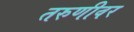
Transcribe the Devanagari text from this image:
तरुणीवर